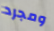
ومجرد